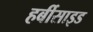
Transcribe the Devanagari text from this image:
हर्बीसाइड